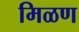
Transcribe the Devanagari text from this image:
मिळण